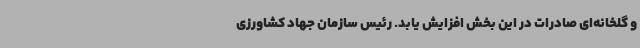
و گلخانه‌ای صادرات در این بخش افزایش یابد. رئیس سازمان جهاد کشاورزی